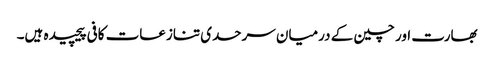
بھارت اور چین کے درمیان سرحدی تنازعات کافی پیچیدہ ہیں۔